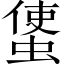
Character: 𧍅